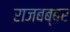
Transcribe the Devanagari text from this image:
राजबब्बर